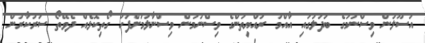
އުސޫލުން ވިސްނުމުގެ ބަދަލުގައި އާއްމު ރައްޔިތުންގެ ވިސްނުމުން ވިސްނާލުމަށްފަހު ގޯތިކޮޅެއް ދެވޭތޯ ސަރުކާރުން